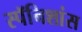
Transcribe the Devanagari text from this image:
स्पॅनिशांस